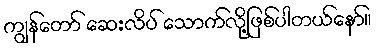
ကျွန်တော် ဆေးလိပ် သောက်လို့ဖြစ်ပါတယ်နော်။